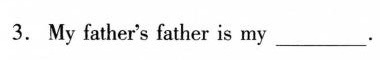
3. My father's father is my ___ .